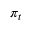
\, \pi _ { t }